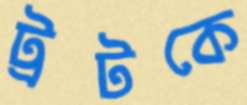
ট্রটকে